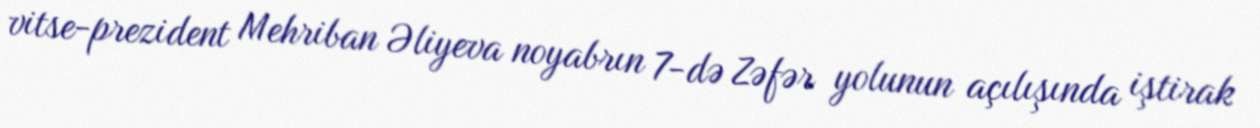
vitse-prezident Mehriban Əliyeva noyabrın 7-də Zəfər yolunun açılışında iştirak